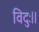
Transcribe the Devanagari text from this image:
विदुः॥